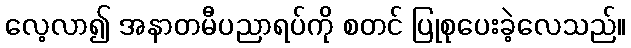
လေ့လာ၍ အနာတမီပညာရပ်ကို စတင် ပြုစုပေးခဲ့လေသည်။